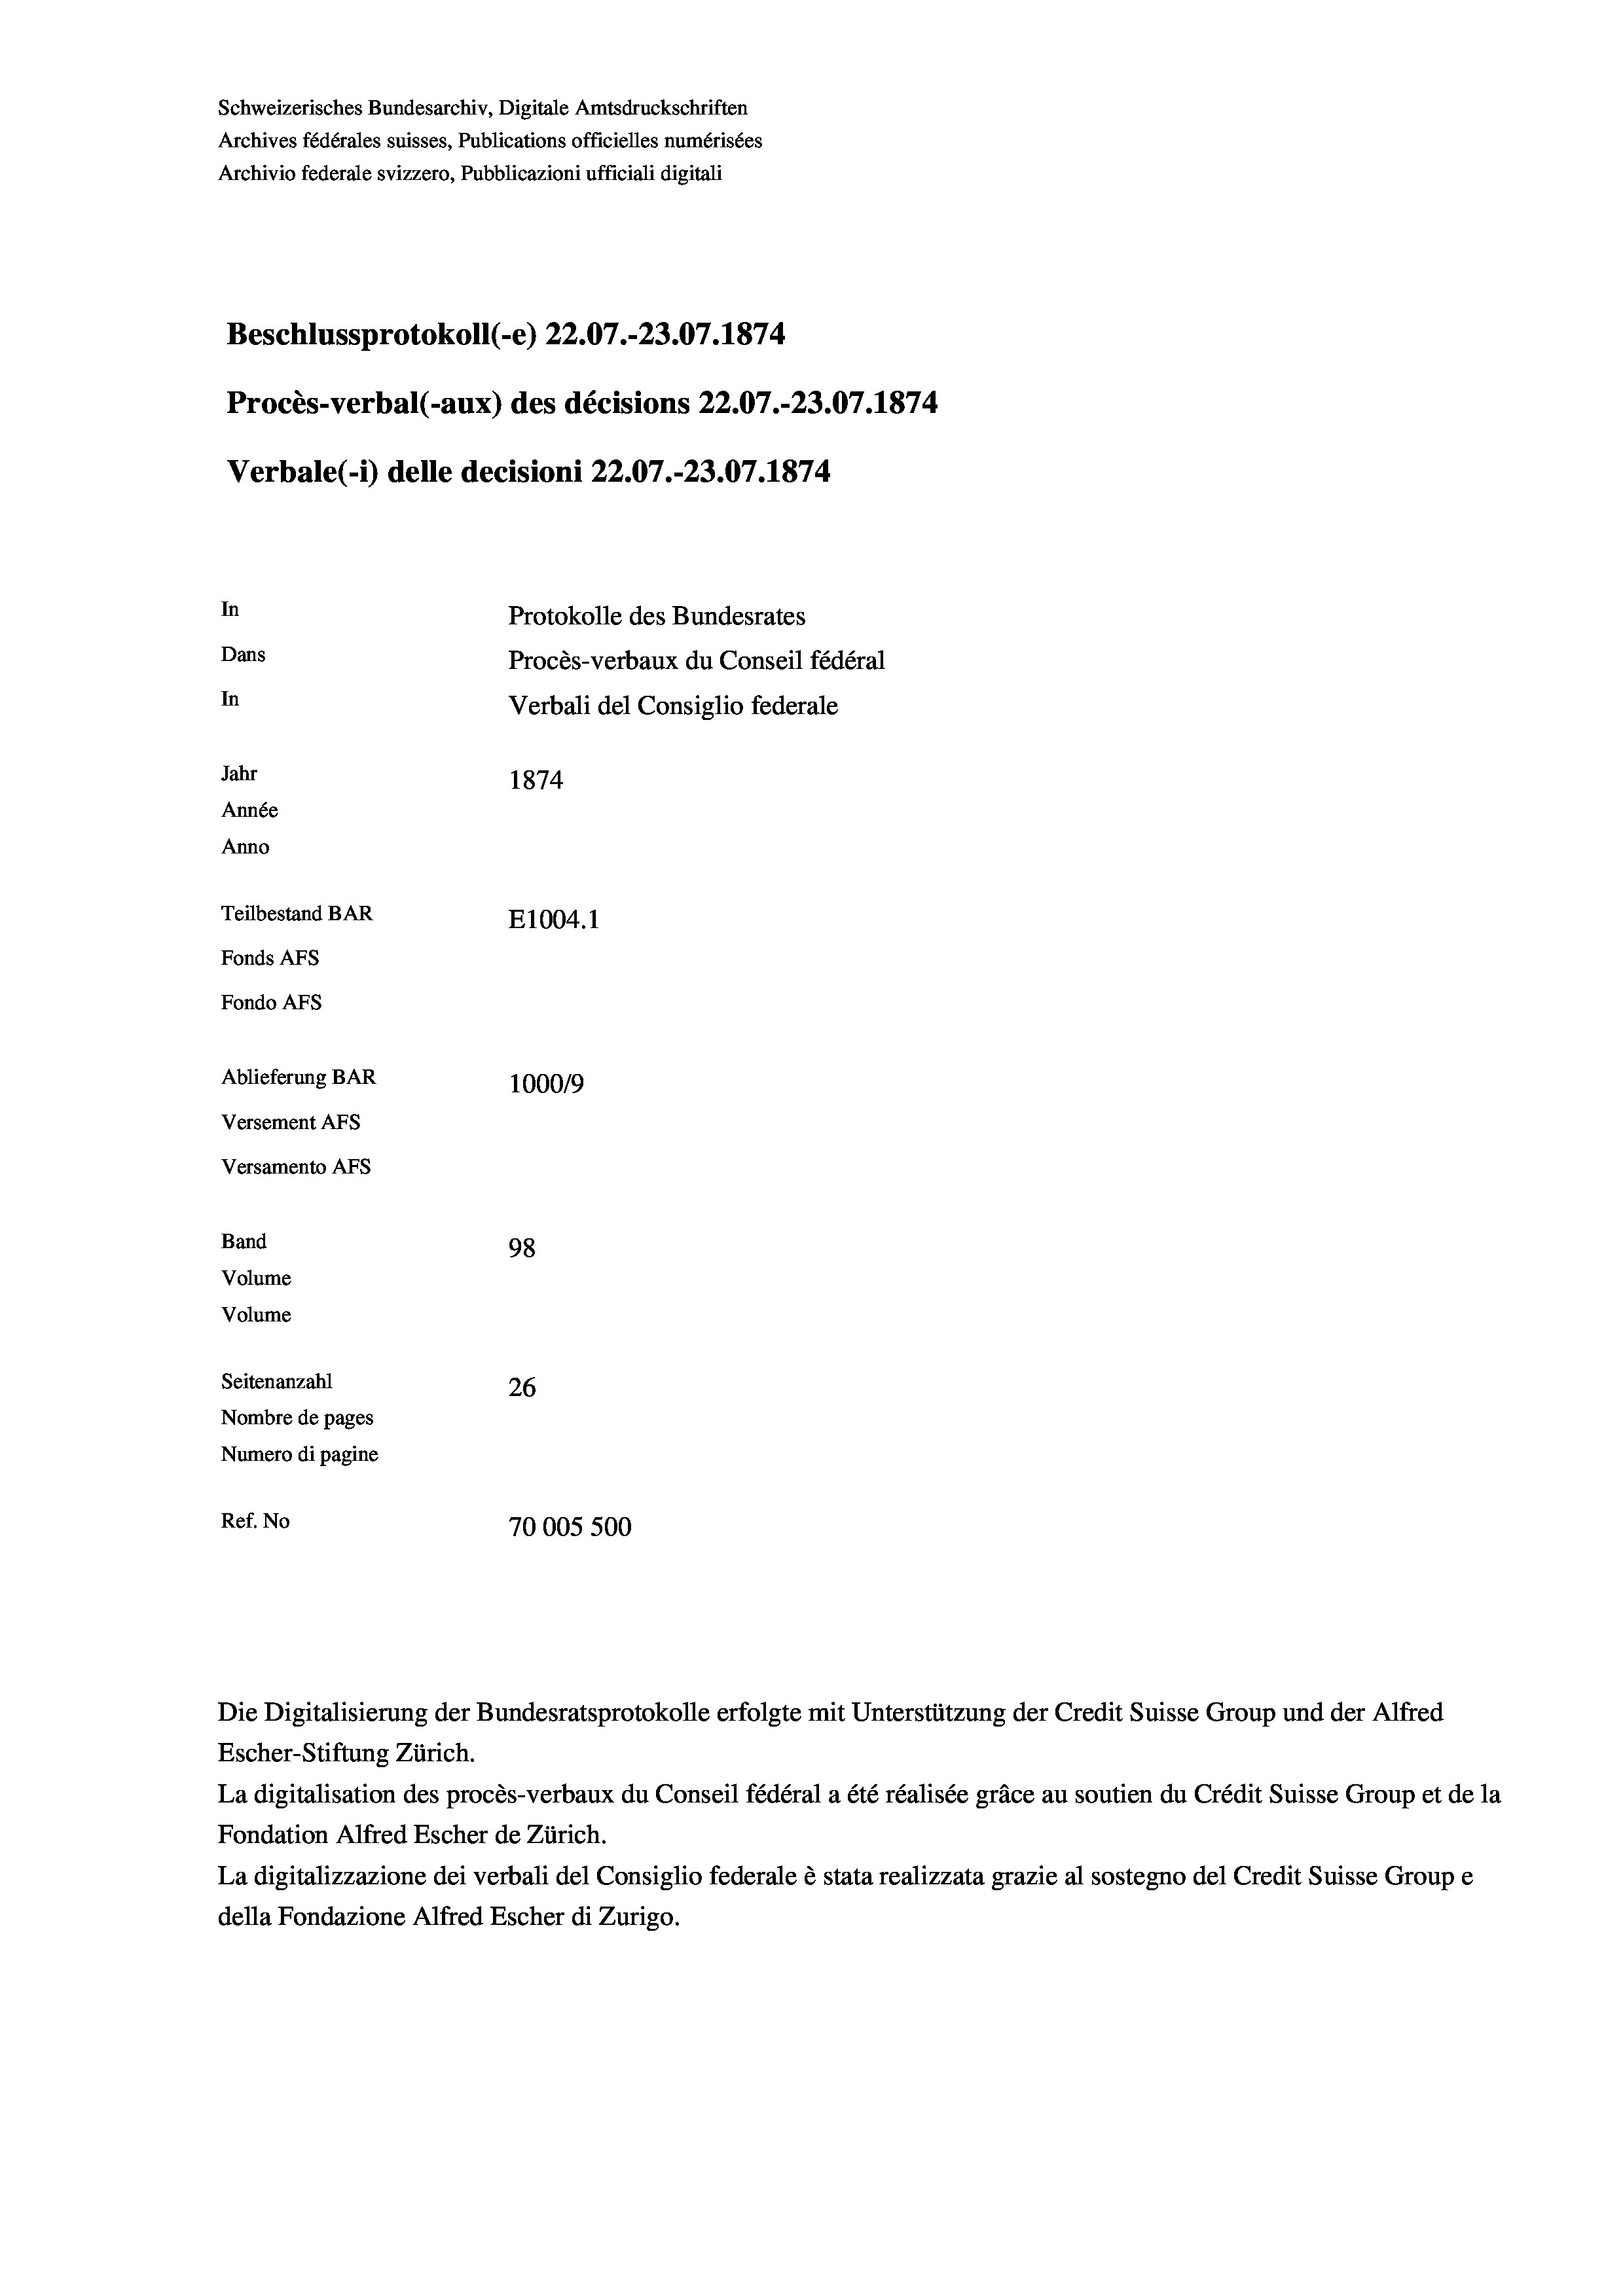
Schweizerisches Bundesarchiv, Digitale Amtsdruckschriften
Archives fédérales suisses, Publications officielles numérisées
Archivio federale svizzero, Pubblicazioni ufficiali digitali
Beschlussprotokoll (-e) 22.07.-23.07. 1874
Procès-verbal (-aux) des décisions 22.07.-23.07. 1874
Verbale (1) delle decisioni 22.07.-23.07. 1874
In
Protokolle des Bundesrates
Dans
Procès-verbaux du Conseil fédéral
In
Verbali del Consiglio federale
Jahr
1874
Année
Anno
Teilbestand BAR
E1004. 1
Fonds AFs
Fondo AFS
Ablieferung BAR
1000/9
Versement AFs
Versamento AFs
Band
98
Volume
Volume

Seitenanzahl
26
Nombre de pages
Numero di pagine
Ref. No
70005 500

Die Digitalisierung der Bundesratsprotokolle erfolgte mit Unterstützung der Credit Suisse Group und der Alfred
Escher-Stiftung Zürich.
La digitalisation des procès-verbaux du Conseil fédéral a été réalisée gräce au soutien du Crédit Suisse Group et de la
Fondation Alfred Escher de Zürich.
La digitalizzazione dei verbali del Consiglio federale è stata realizzata grazie al sostegno del Credit Suisse Groupe
della Fondazione Alfred Escher di Zurigo.